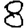
Digit: 8